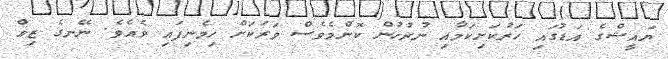
ޔައީޝްގެ އަޑުގައި ހަރުކަށިކަމާއި ނުރުހުން ކޮންމެވެސް ވަރަކަށް ހިމެނިފައި ވެއެވެ. ނޭނގެ ޒިވް